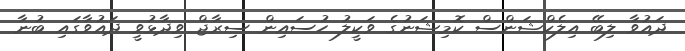
ދައުވާ ލިބޭ އިލެކްޝަންސް ކޮމިޝަނުގެ ވަކީލު ހުސައިން ސިރާޖް ވިދާޅުވީ ދައުވާގައި ބުނާ